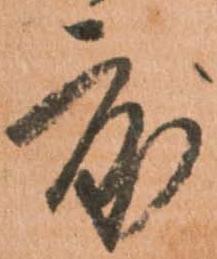
度